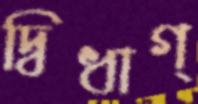
দ্বিধাগ্